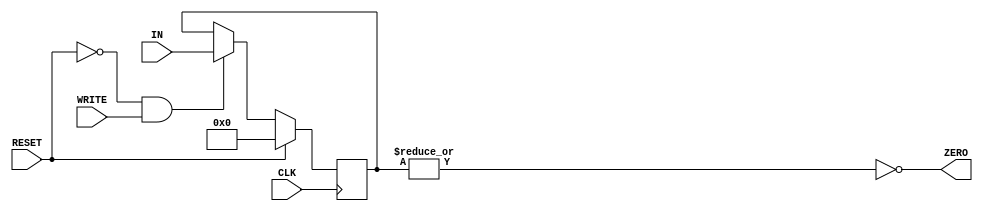
module freg(IN, ZERO, WRITE, CLK, RESET);

	input WRITE, CLK, RESET;				// 1-bit inputs
	input [31:0] IN;						// 32-bits input
    output  ZERO;
			// 32-bits outputs

	reg [31:0] register;		

       
    assign #1 ZERO =  ~(|register); 
	


	// write to given address register at positive edge of the clock
	always @(posedge CLK) 
	begin 
		// writting happens when WRITE is high. 
		// if statement includes only one row so don't use begin end keywords
		if (RESET == 0 && WRITE ==1 )	
			
			// this is synchronous therefore, we use non-blocking statement with delay 1 unit.
			// write in to given register
			#1 register <= IN ;

		
		// reset all the registers when RESET is high. 
		if ( RESET ) #1
		begin			
			
				register <= 32'b0;
			
		end
	
	end


    initial
    
    begin
        $dumpfile("cpu_wavedata.vcd");
            $dumpvars(1,register);
    end   


endmodule